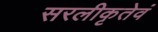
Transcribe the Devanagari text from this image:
सरलीकृतेवं